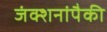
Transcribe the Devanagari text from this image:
जंक्शनांपैकी